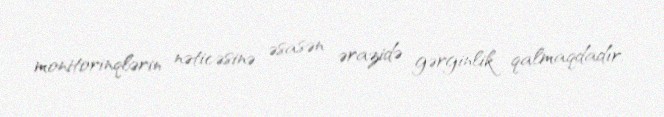
monitorinqlərin nəticəsinə əsasən ərazidə gərginlik qalmaqdadır.